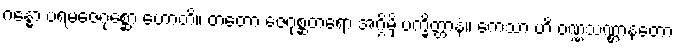
ဂန္ဓော ပရမဇေဂုစ္ဆော ဟောတိ။ တတော ဇေဂုစ္ဆတရော အဂ္ဂိမှိ ပက္ခိတ္တာနံ။ ကေသာ ဟိ ဝဏ္ဏသဏ္ဌာနတော